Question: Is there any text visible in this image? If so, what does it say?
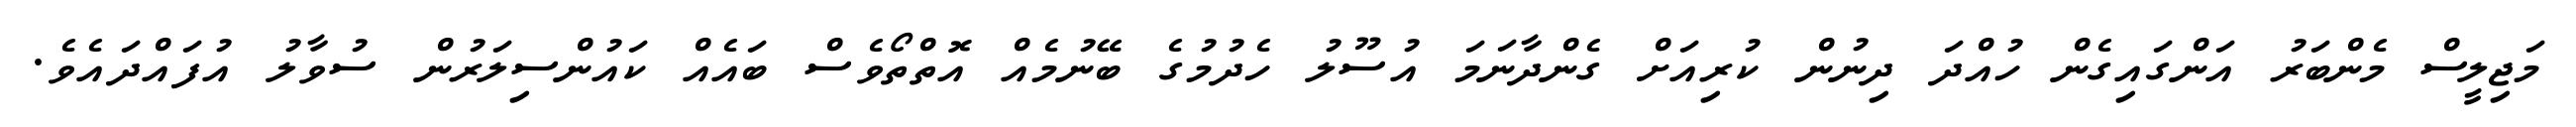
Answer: މަޖިލީސް މެންބަރު އަންގައިގެން ހުއްދަ ދިނުން ކުރިއަށް ގެންދާނަމަ އުސޫލު ހެދުމުގެ ބޭނުމެއް އޮތްތޯވެސް ބައެއް ކައުންސިލަރުން ސުވާލު އުފައްދައެވެ.